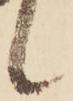
候